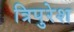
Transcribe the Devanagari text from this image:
त्रिपुरेश